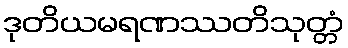
ဒုတိယမရဏဿတိသုတ္တံ